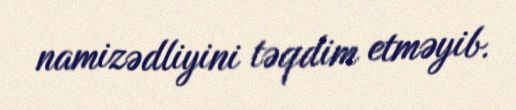
namizədliyini təqdim etməyib.